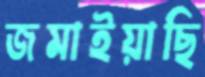
জমাইয়াছি